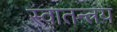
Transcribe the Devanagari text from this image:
स्वातन्त्रय